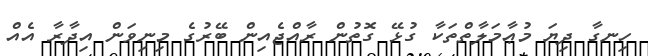
ހިނގާ ދިޔަ މުޢާމަލާތްތަކާ ގުޅޭ ގޮތުން ރާއްޖެއިން ބޭރުގެ މިނިވަން އިދާރާ އެއް